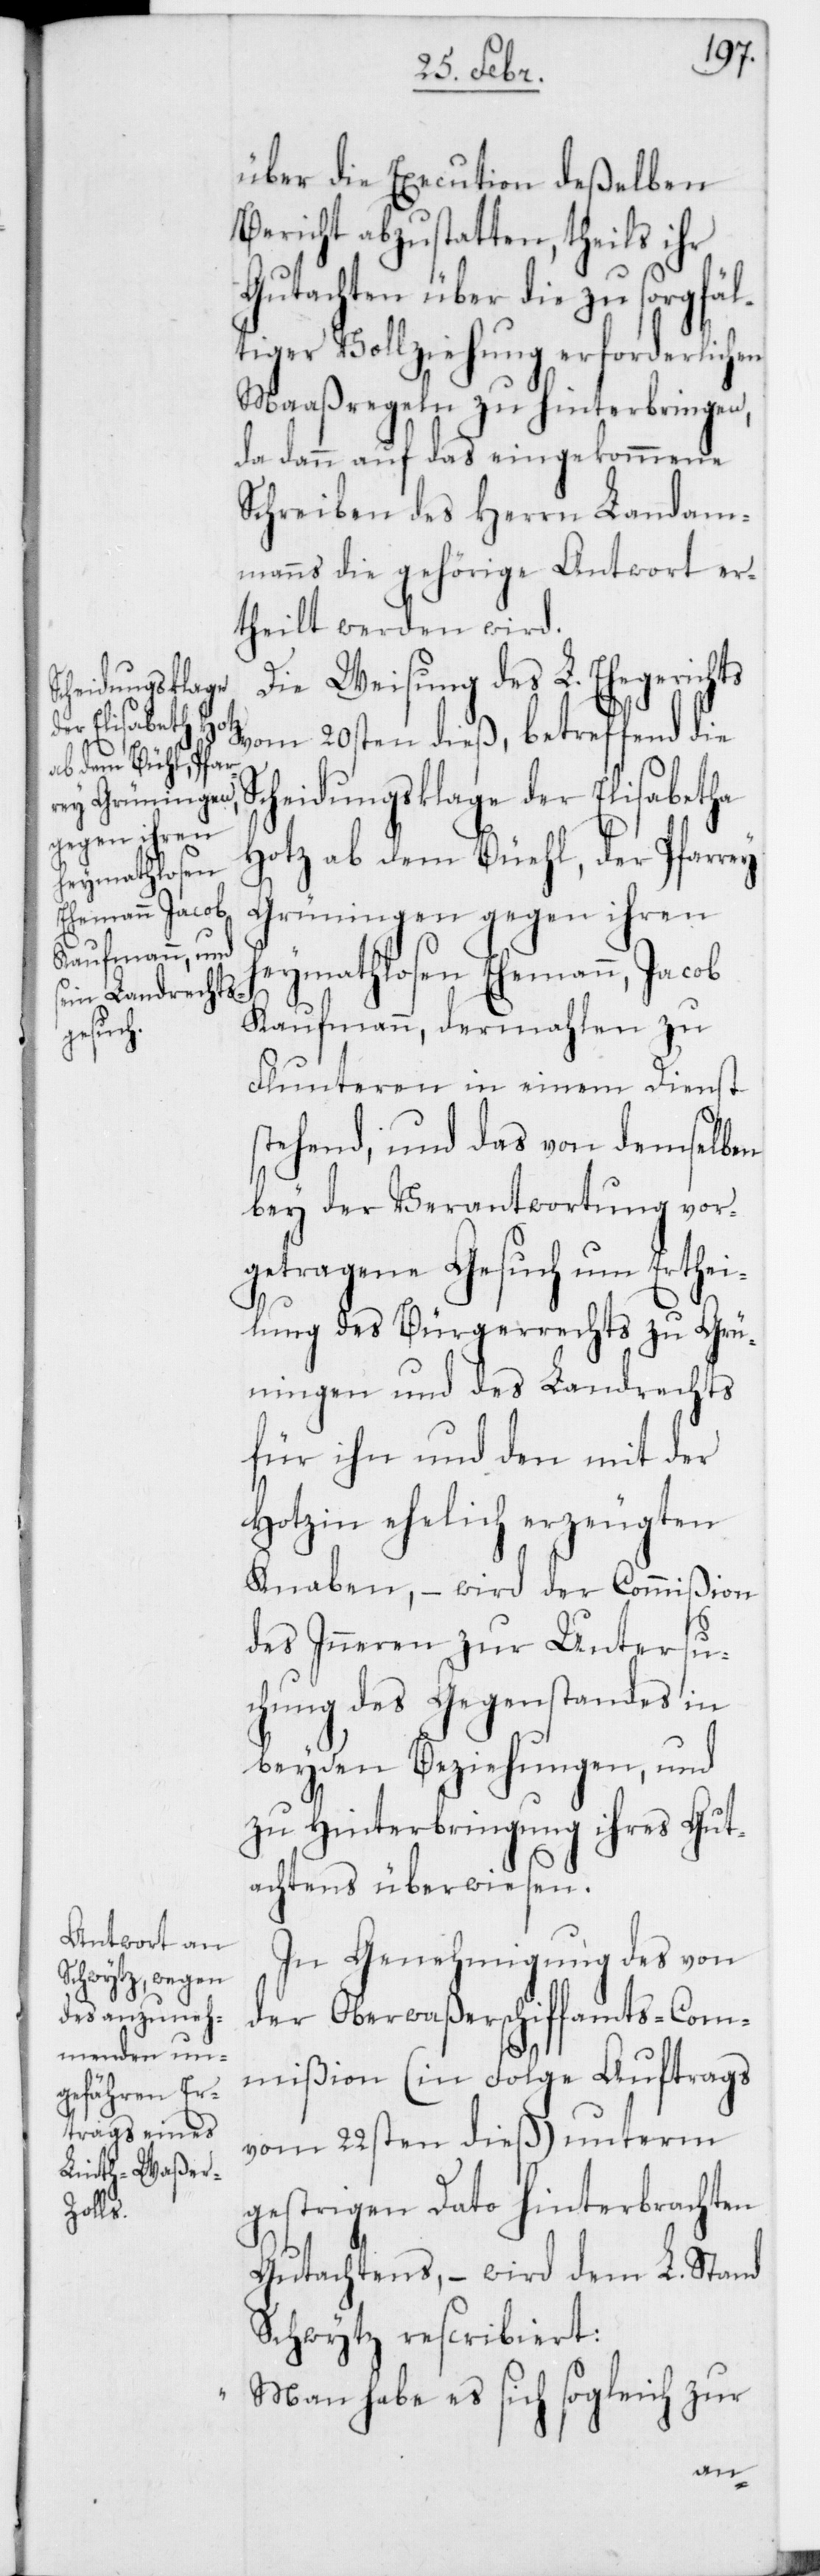
der Pfar¬
rey Grüningen,
gegen ihren

über die Execution deßelben
Bericht abzustatten, theils ihr
Gutachten über die zu sorgfäl¬
tiger Vollziehung erforderlichen
Maaßregeln zu hinterbringen,
da dann auf das eingekommene
Schreiben des Herrn Landam¬
manns die gehörige Antwort er¬
theilt werden wird.
Die Weisung des L. Ehegerichts
vom 20sten dieß, betreffend die
Scheidungsklage der Elisabetha
Heymathlosen Ehemann, Jacob
Kaufmann, dermahlen zu
Flunteren in einem Dienst
stehend, und das von demselben
bey der Verantwortung vor¬
getragene Gesuch um Erthei¬
lung des Bürgerrechts zu Grü¬
ningen und des Landrechts
für ihn und den mit der
Hotzin ehelich erzeugten
Knaben, – wird der Commißion
des Inneren zur Untersu¬
chung des Gegenstandes in
beyden Beziehungen, und
zu Hinterbringung ihres Gut¬
achtens überwiesen.
In Genehmigung des von
der Oberwaßerschiffamts-Com¬
mißion (in Folge Auftrags
vom 22sten dieß) unterm
gestrigen Dato hinterbrachten
Gutachtens, – wird dem L. Stand
Schwytz rescribiert:
„Man habe es sich sogleich zur